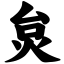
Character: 炱